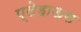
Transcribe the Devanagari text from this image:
प्लेहाऊस